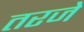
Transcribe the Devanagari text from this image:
तरजे